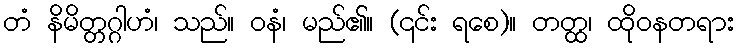
တံ နိမိတ္တဂ္ဂါဟံ၊ သည်။ ဝနံ၊ မည်၏။ (၎င်း ရစေ)။ တတ္ထ၊ ထိုဝနတရား